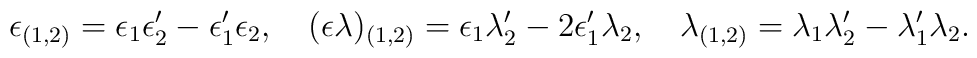
\epsilon _{(1,2)}=\epsilon _{1}\epsilon _{2}^{\prime }-\epsilon _{1}^{\prime}\epsilon _{2},\quad (\epsilon \lambda )_{(1,2)}=\epsilon _{1}\lambda_{2}^{\prime }-2\epsilon _{1}^{\prime }\lambda _{2},\quad \lambda_{(1,2)}=\lambda _{1}\lambda _{2}^{\prime }-\lambda _{1}^{\prime }\lambda_{2}.